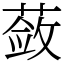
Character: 蔹